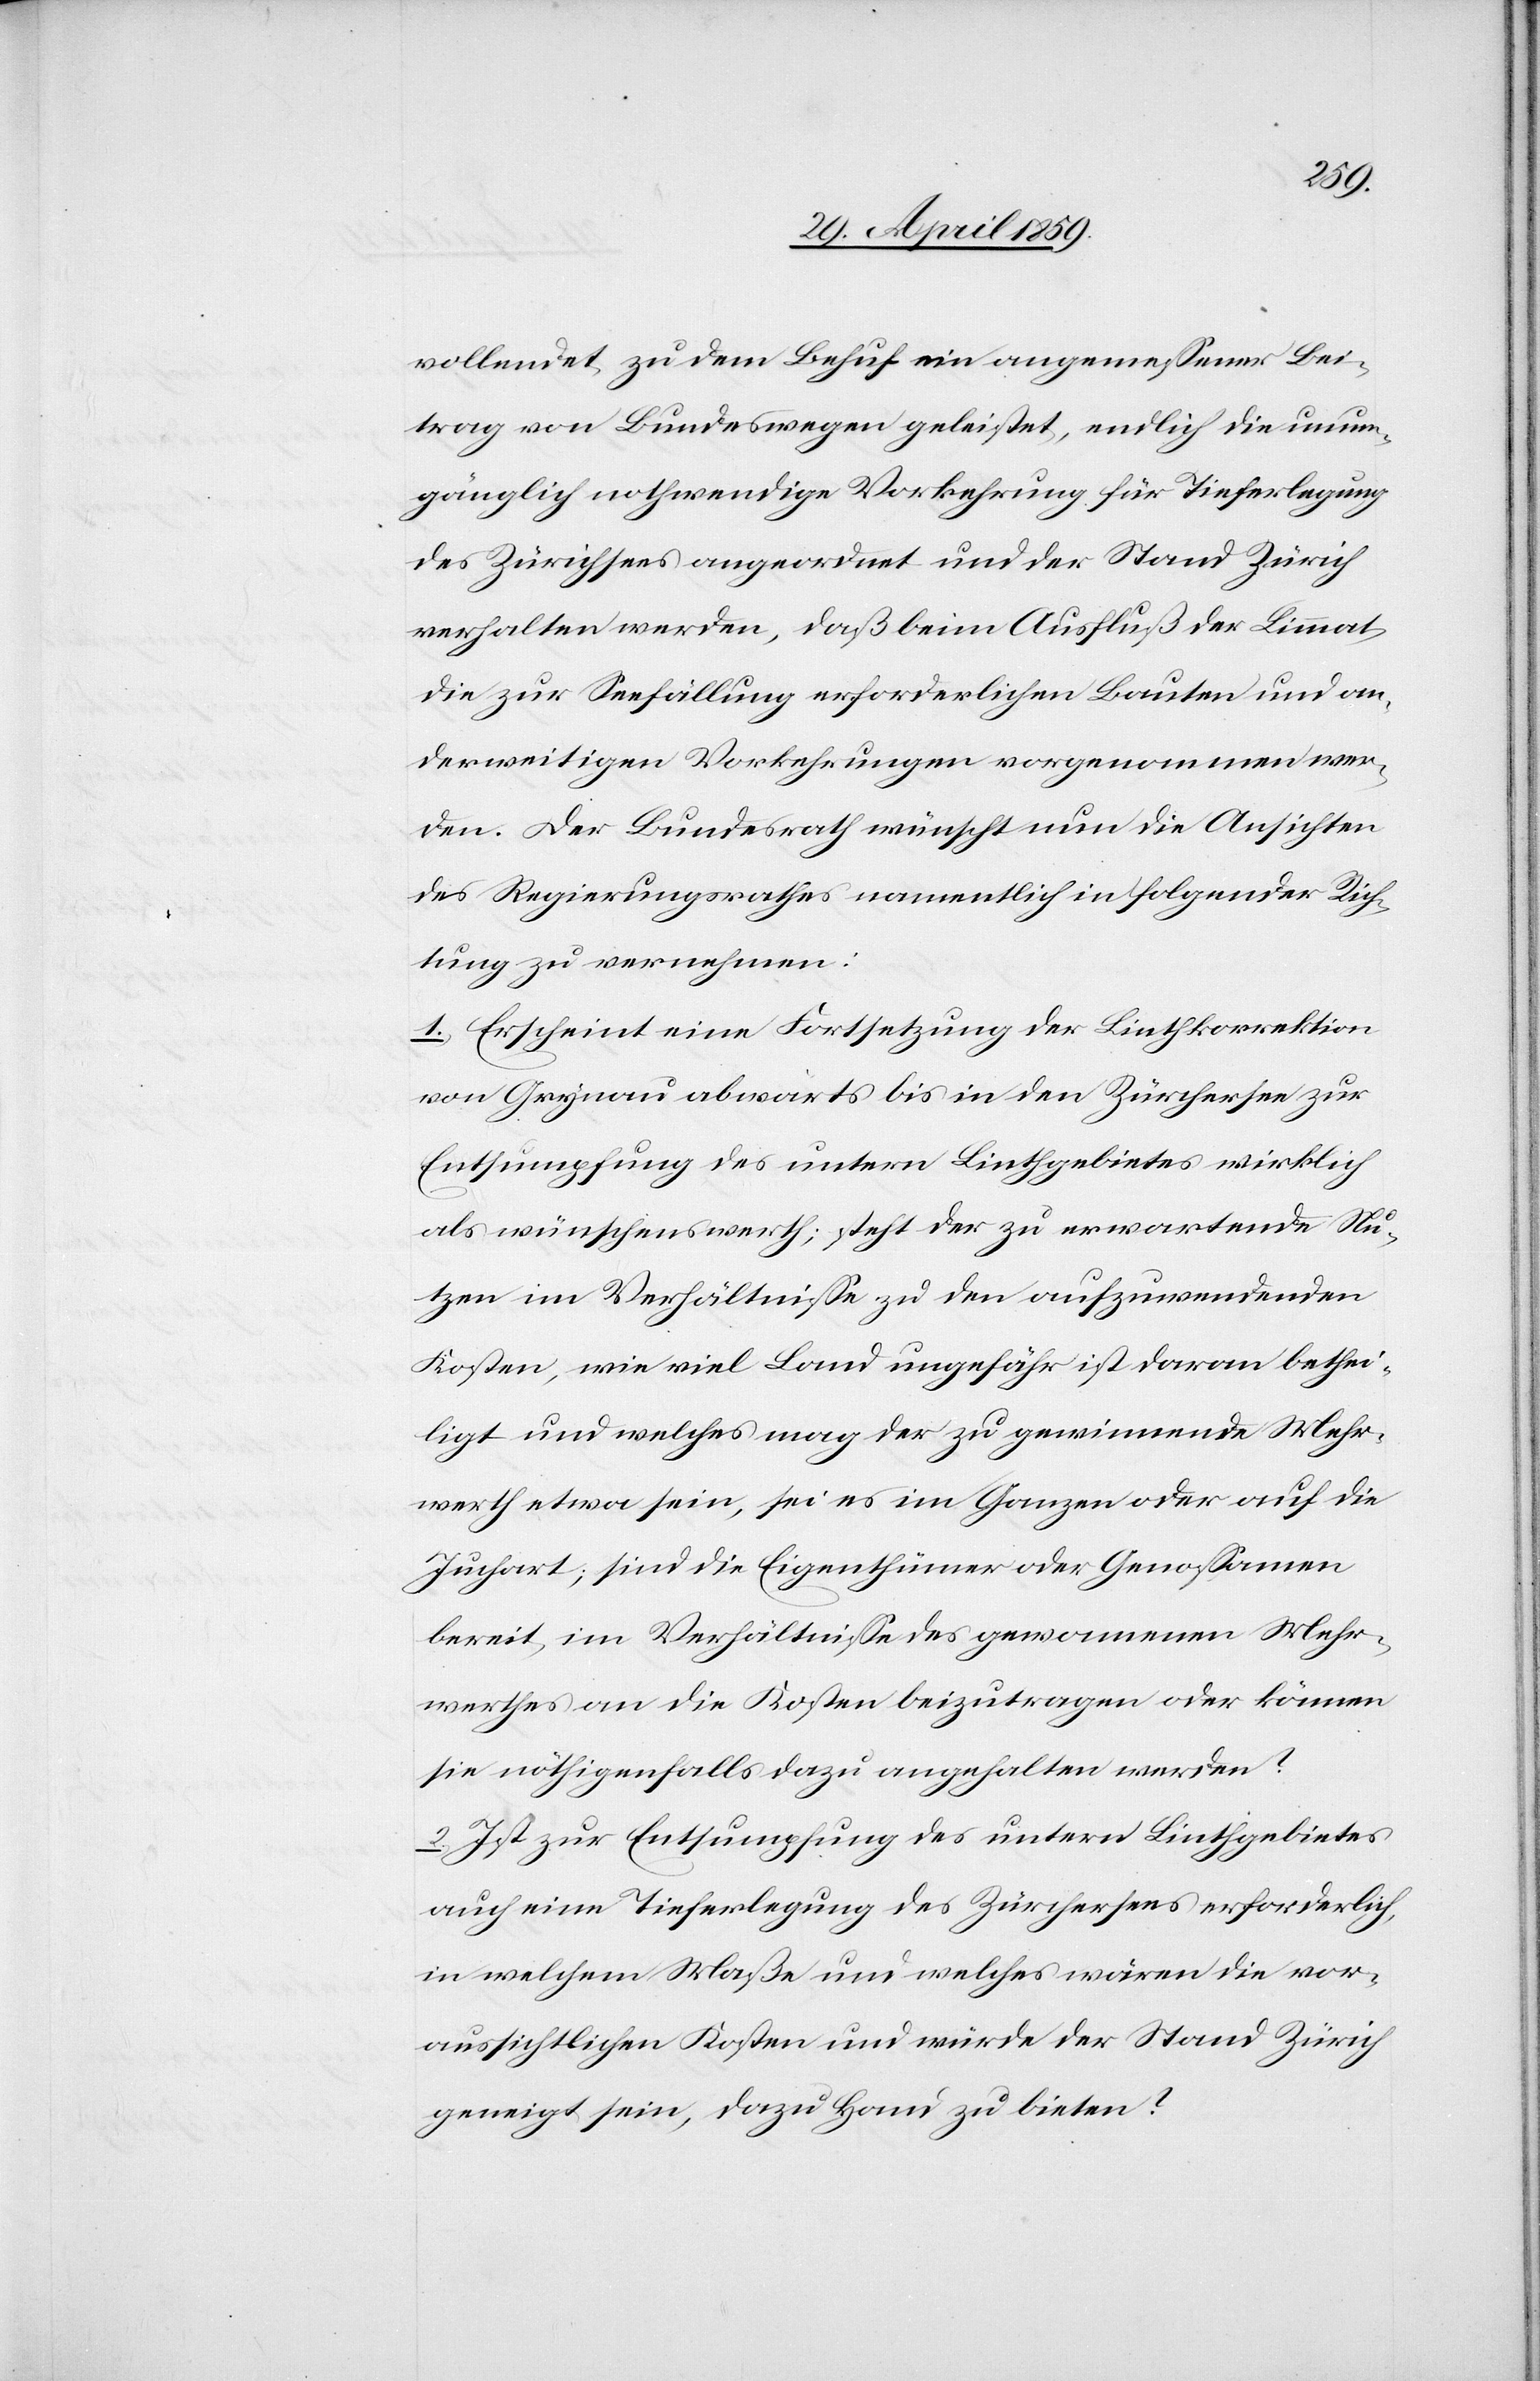
vollendet zu dem Behuf ein angemeßener Bei¬
trag von Bundeswegen geleistet, endlich die unum¬
gänglich nothwendige Vorkehrung für Tieferlegung
des Zürichsees angeordnet und der Stand Zürich
verhalten werden, daß beim Ausfluß der Limmat,
die zur Seefällung erforderlichen Bauten und an¬
derweitigen Vorkehrungen vorgenommen wer¬
den. Der Bundesrath wünscht nun die Ansichten
des Regierungsrathes namentlich in folgender Rich¬
tung zu vernehmen:
1) Erscheint eine Fortsetzung der Linthkorrektion
von Grynau abwärts bis in den Zürchersee zur
Entsumpfung des untern Linthgebietes wirklich
als wünschenswerth; steht der zu erwartende Nu¬
tzen im Verhältniße zu den aufzuwendenden
Kosten, wie viel Land ungefähr ist daran bethei¬
ligt und welches mag der zu gewinnende Mehr¬
werth etwa sein, sei es im Ganzen oder auf die
Juchart; sind die Eigenthümer oder Genoßamen
bereit, im Verhältniße des gewonnenen Mehr¬
werthes an die Kosten beizutragen oder können
sie nöthigenfalls dazu angehalten werden?
2) Ist zur Entsumpfung des untern Linthgebietes
auch eine Tieferlegung des Zürchersees erforderlich,
in welchem Maße und welches wären die vor¬
aussichtlichen Kosten und würde der Stadt Zürich
geneigt sein, dazu Hand zu bieten?